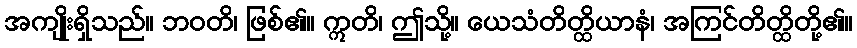
အကျိုးရှိသည်။ ဘဝတိ၊ ဖြစ်၏။ ဣတိ၊ ဤသို့။ ယေသံတိတ္ထိယာနံ၊ အကြင်တိတ္ထိတို့၏။